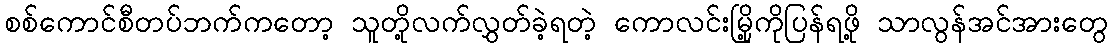
စစ်ကောင်စီတပ်ဘက်ကတော့ သူတို့လက်လွှတ်ခဲ့ရတဲ့ ကောလင်းမြို့ကိုပြန်ရဖို့ သာလွန်အင်အားတွေ